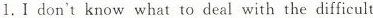
1.Ⅰ don't know what to deal with the difficult